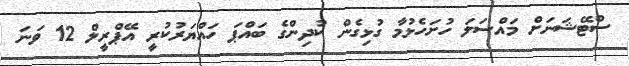
ސްޓޭޝަނަށް މައްސަލަ ހުށަހެޅުމާ ގުޅިގެން ކުދިންގެ ބައްޕަ ހައްޔަރުކުރީ އޭޕްރީލް 12 ވަނަ